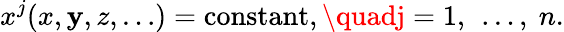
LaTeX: x^{j}(x,\mathbf{y},z,\dots)=\mathrm{{constant}},\quadj=1,\ \dots,\ n.